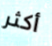
أكثر